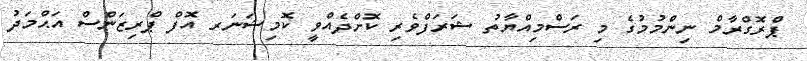
ޕްރޮގްރާމް ނިންމުމުގެ މި ރަސްމިއްޔާތު ޝަރަފްވެރި ކޮށްދެއްވީ ކޮމިޝަނަރ އޮފް ޕްރިޒަންސް އަޙްމަދު